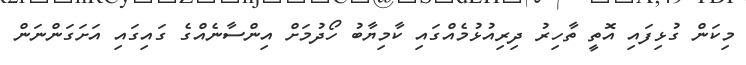
މިކަން ގުޅިފައި އޮތީ ތާހިރު ދިރިއުޅުމެއްގައި ކާމިޔާބު ހޯދުމަށް އިންސާނެއްގެ ގައިގައި އަށަގަންނަން